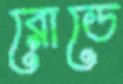
রোডে